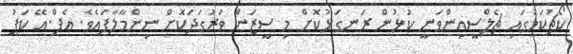
ކޯޗުކަމުގައި ޗެލްސީއިންވަނީ ކުޅުން ރަނގަޅުކޮށް މި ސީޒަން ވަރުގަދަކޮށް ނިންމާލާފައެވެ. އެފް.އޭ ކަޕު